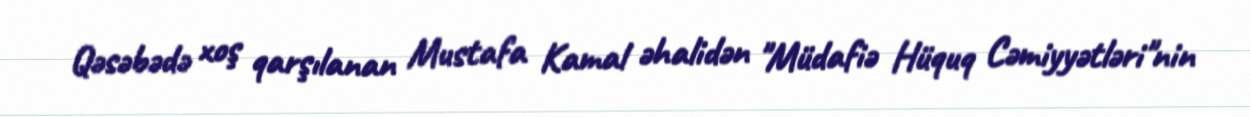
Qəsəbədə xoş qarşılanan Mustafa Kamal əhalidən "Müdafiə Hüquq Cəmiyyətləri"nin